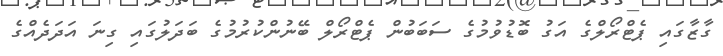
ގާޒާގައި ޕެޓްރޯލްގެ އަގު ބޮޑުވުމުގެ ސަބަބުން ޕެޓްރޯލް ބޭނުންކުރުމުގެ ބަދަލުގައި ގިނަ އަދަދެއްގެ